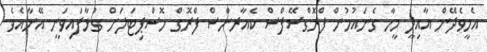
އެހީވެދޭން އާއިލީ މީހާ ގެނައުމުން ފްރޮގްސޭފްސް ކެއާރންސް ފްރޮގް ހޮސްޕިޓަލަށް ގުޅާފައިވަނީ އޭނާއެވެ.